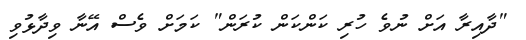
"ދާއިރާ އަށް ނުވެ ހުރި ކަންކަން ކުރަން" ކަމަށް ވެސް އޭނާ ވިދާޅުވި